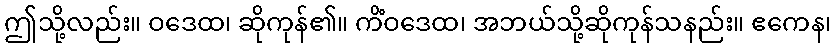
ဤသို့လည်း။ ဝဒေထ၊ ဆိုကုန်၏။ ကိံဝဒေထ၊ အဘယ်သို့ဆိုကုန်သနည်း။ ဧကေန၊